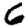
Digit: 6